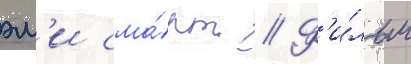
эм'и сма́рт // Ф'и́льм